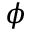
\phi